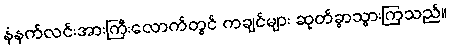
နံနက်လင်းအားကြီးလောက်တွင် ကချင်များ ဆုတ်ခွာသွားကြသည်။